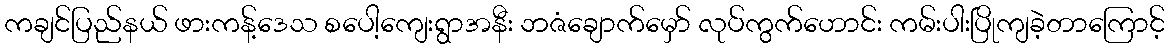
ကချင်ပြည်နယ် ဖားကန့်ဒေသ စပေါ့ကျေးရွာအနီး ဘဇံချောက်မှော် လုပ်ကွက်ဟောင်း ကမ်းပါးပြိုကျခဲ့တာကြောင့်